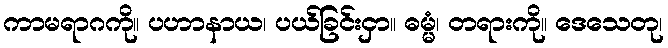
ကာမရာဂကို။ ပဟာနာယ၊ ပယ်ခြင်းငှာ။ ဓမ္မံ၊ တရားကို။ ဒေသေတု၊